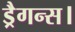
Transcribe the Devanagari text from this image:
ड्रैगन्स।